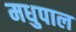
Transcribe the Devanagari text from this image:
मधुपाल